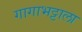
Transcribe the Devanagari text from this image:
गागाभट्टाला